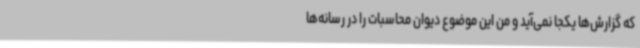
که گزارش‌ها یکجا نمی‌آید و من این موضوع دیوان محاسبات را در رسانه‌ها